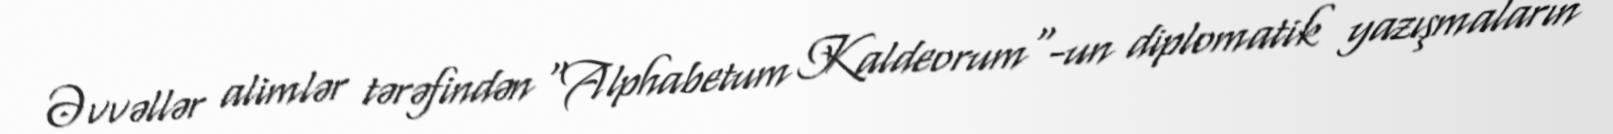
Əvvəllər alimlər tərəfindən "Alphabetum Kaldeorum"-un diplomatik yazışmaların